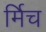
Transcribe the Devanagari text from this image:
र्मिच